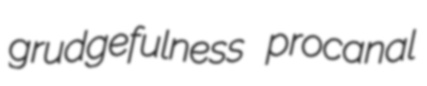
grudgefulness procanal